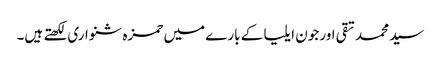
سید محمد تقی اور جون ایلیا کے بارے میں حمزہ شنواری لکھتے ہیں۔